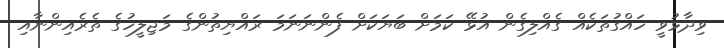
ވިދާޅުވީ ހައްގުތަކެއް ގެއްލިގެން އުޅޭ ކަމަށް ބަޔަކަށް ފެންނަނަމަ ރައްޔިތުންގެ މަޖިލީހުގެ ތެރެއިންނާއި